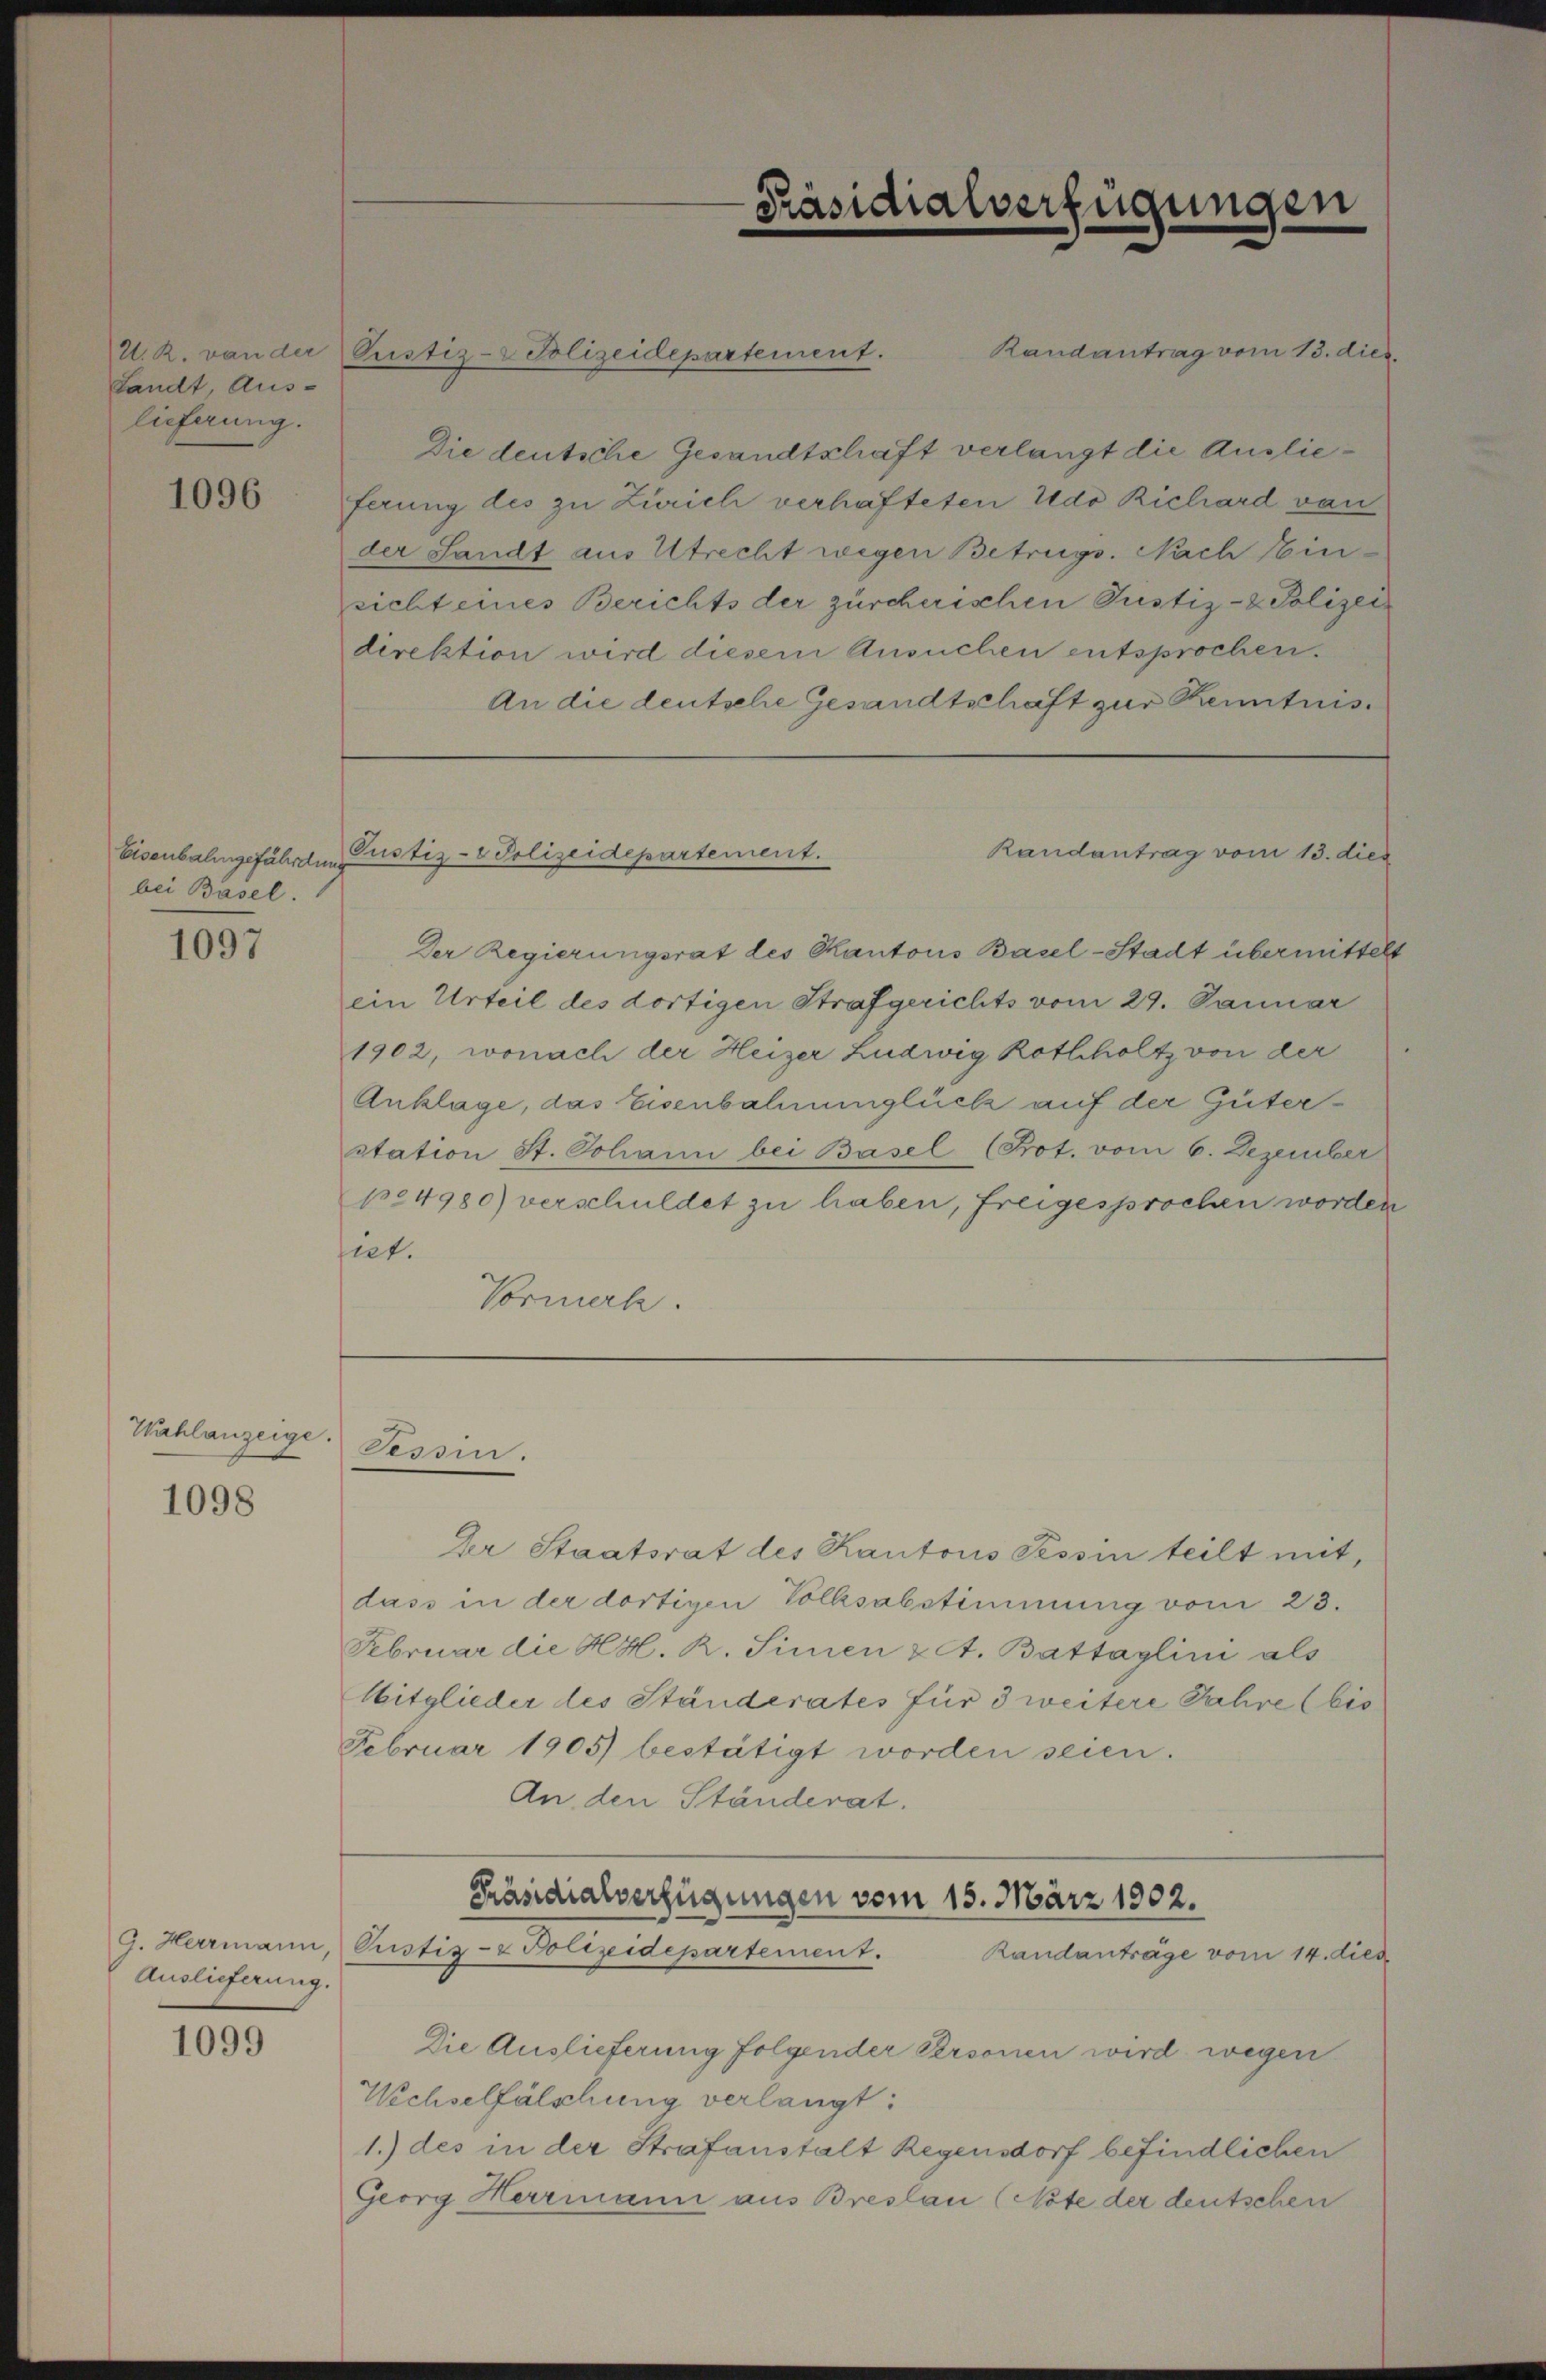
A. R. von der
Landt Aus-
lieferung.

1096

Eisenbalingefährdung
bei Basel

1097

Wahlanzeige

1098

Auslieferung.

1099

Pustiz-Polizeidepartement.

Randantrag vom 13. dies
Die deutsche Gesandtschaft verlangt die Auslieferung des zu Zürich verhafteten Nedo Richard von
der Sandt aus Utrecht wegen Betrugs. Nach Einsicht eines Berichts der zürcherischen Justiz- & Polizei
direktion wird diesem Ansuchen entsprochen.
An die deutsche Gesandtschaft zur Kenntnis¬
Justiz- & Polizeidepartement.
Randantrag vom 13. dies
Der Regierungsrat des Kantons Basel-Stadt übermittelt
ein Urteil des dortigen Strafgerichts vom 29. Januar
1902, wonach der Heizer Ludwig Rothholtz von der
Anklage, das Eisenbahnunglück auf der Güterstation St. Johann bei Basel (Prot. vom 6. Dezember
pe4980) verschuldet zu haben, freigesprochen worden
piet.
Vormerk.

Präsidialverfügungen

Tessin.

Der Staatsrat des Kantons Tessin teilt mit,
dass in der dortigen Volksabstimmung vom 23.
Februar die HH. R. Simen & ct. Battaglini als
Mitglieder des Ständerates für 3 weitere Jahre bis
Februar 1905) bestätigt worden seien.
An den Ständerat.
Präsidialverfügungen vom 15. März 1902.

G. Herrmann, Pustiz- & Polizeidepartement.
Randantrage vom 14. dies

Die Auslieferung folgender Personen wird wegen
Wechselfälschung verlangt:
1.) des in der Strafanstalt Regensdorf befindlichen
Georg Herrmann aus Breslau (Note der deutschen